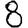
Digit: 8